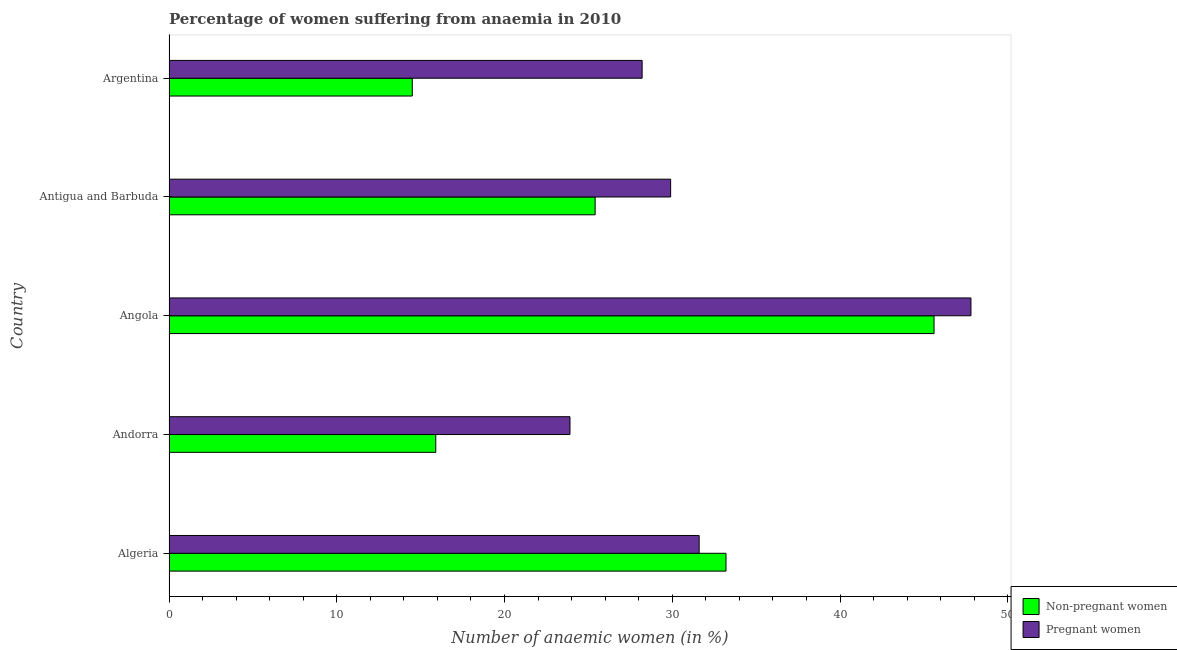
| Country | Non-pregnant women | Pregnant women |
 | --- | --- | --- |
 | Algeria | 33.2 | 31.6 |
 | Andorra | 15.9 | 23.9 |
 | Angola | 45.6 | 47.8 |
 | Antigua and Barbuda | 25.4 | 29.9 |
 | Argentina | 14.5 | 28.2 |